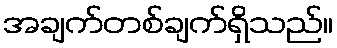
အချက်တစ်ချက်ရှိသည်။